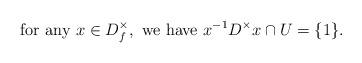
LaTeX: \begin{align*}\textrm{for any }x \in D_f^\times, \textrm{ we have }x^{-1} D^\times x \cap U = \{1\}.\end{align*}